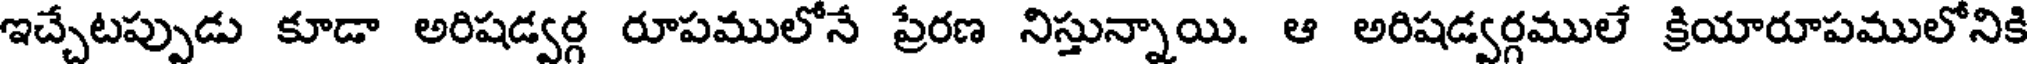
ఇచ్చేటప్పుడు కూడా అరిషడ్వర్గ రూపములోనే ప్రేరణ నిస్తున్నాయి. ఆ అరిషడ్వర్గములే క్రియారూపములోనికి